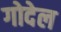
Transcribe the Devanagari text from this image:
गोदेल